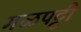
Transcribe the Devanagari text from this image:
गळपट्टी